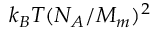
k _ { B } T ( N _ { A } / M _ { m } ) ^ { 2 }